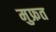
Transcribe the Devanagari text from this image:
मुफ्रत